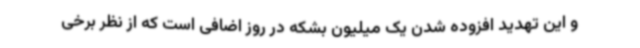
و این تهدید افزوده شدن یک میلیون بشکه در روز اضافی است که از نظر برخی